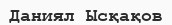
Даниял Ысқақов